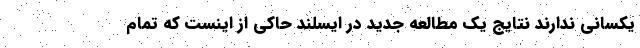
یکسانی ندارند نتایج یک مطالعه جدید در ایسلند حاکی از اینست که تمام